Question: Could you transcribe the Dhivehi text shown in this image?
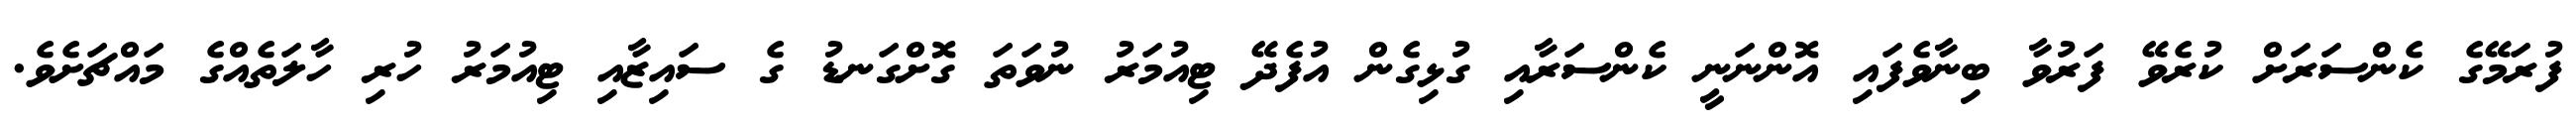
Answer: ފުރަމޭގެ ކެންސަރަށް ކުރެވޭ ފަރުވާ ބިނާވެފައި އޮންނަނީ ކެންސަރާއި ގުޅިގެން އުފެދޭ ޓިއުމަރު ނުވަތަ ގޮށްގަނޑު ގެ ސައިޒާއި ޓިއުމަރު ހުރި ހާލަތެއްގެ މައްޗަށެވެ.